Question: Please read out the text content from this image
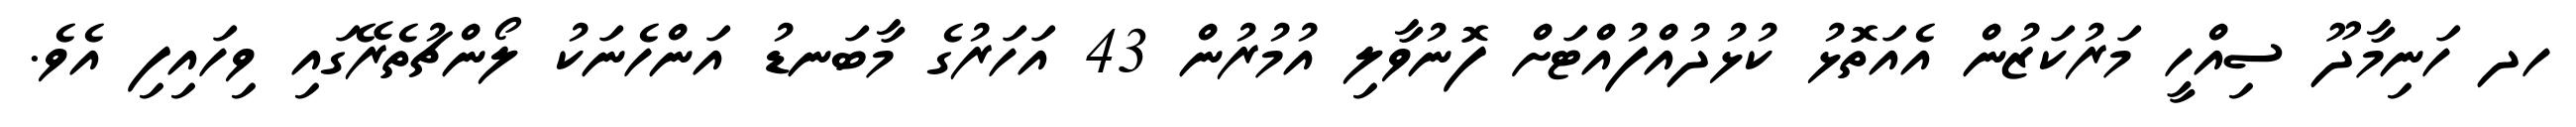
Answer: ހދ ހަނިމާދޫ ސިއްހީ މަރުކަޒުން އެއަތޮޅު ކުޅުދުއްފުއްޓަށް ފޮނުވާލި އުމުރުން 43 އަހަރުގެ މާބަނޑު އަންހެނަކު ލޯންޗުތެރޭގައި ވިހައިފި އެވެ.